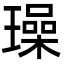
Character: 璪